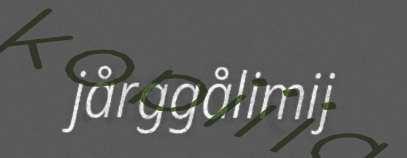
jårggålimij